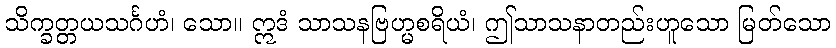
သိက္ခတ္တယသင်္ဂဟံ၊ သော။ ဣဒံ သာသနဗြဟ္မစရိယံ၊ ဤသာသနာတည်းဟူသော မြတ်သော